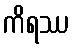
ကိရဿ